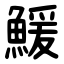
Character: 鰀